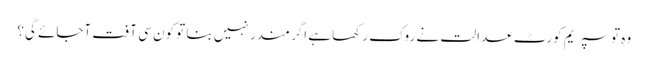
وہ تو سپریم کورٹ عدالت نے روک رکھا ہے اگر مندر نہیں بنا تو کون سی آفت آجائے گی؟